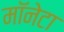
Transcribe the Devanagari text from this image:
मॉनेटा